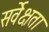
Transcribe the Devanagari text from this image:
सर्वेक्षता